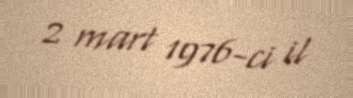
2 mart 1976-ci il